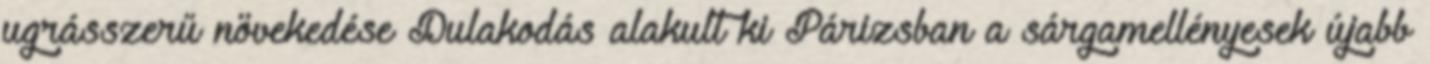
ugrásszerű növekedése Dulakodás alakult ki Párizsban a sárgamellényesek újabb